Insane asylums in Bengal annual reports 1867-1875 - 1867-1875
Year: 1867
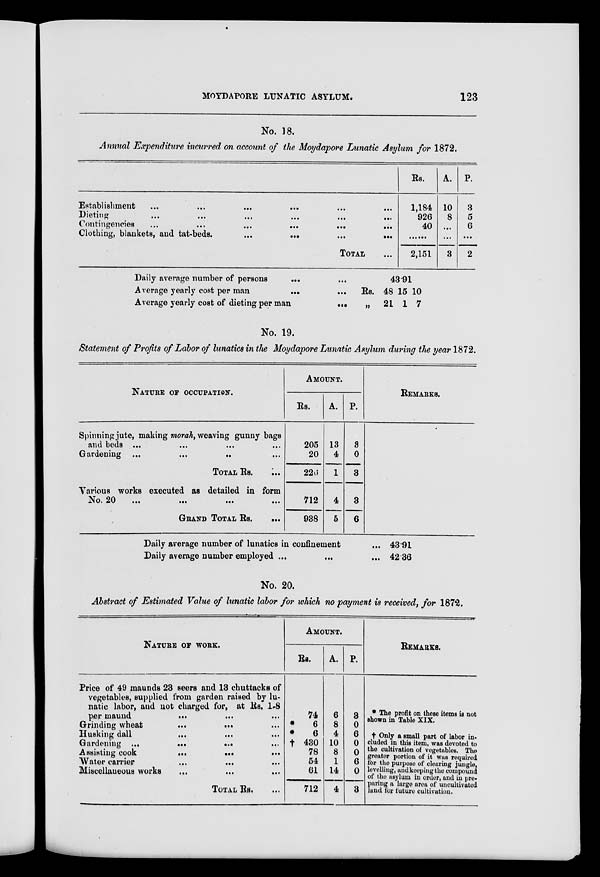
MOYDAPORE LUNATIC ASYLUM.
123
No. 18.
Annual Expenditure incurred on account of the Moydapore Lunatic Asylum for 1872.
Establishment ... ... ... ... ... ...
Dieting ... ... ... ... ... ...
Contingencies
...
...
...
...
...
...
Clothing, blankets, and tat-beds. ... ... ... ...
TOTAL ...
Rs.
1,184
926
40
......
2,151
A.
10
8
...
...
3
P.
3
5
6
...
2
Daily average number of persons
... ...
Average yearly cost per man
...
...
Average yearly cost of dieting per man
...
43.91
Rs. 48
„ 21
15
1
10
7
No. 19.
Statement of Profits of Labor of lunatics in the Moydapore Lunatic Asylum during the year 1872.
NATURE OF OCCUPATION.
Spinning jute, making morah, weaving gunny bags
and beds ... ... ... ...
Gardening ... ... ... ...
TOTAL Rs. ...
Various works executed as detailed in form
No. 20 ... ... ... ...
GRAND TOTAL Rs. ...
AMOUNT.
Rs.
205
20
226
712
938
A.
13
4
1
4
5
P.
3
0
3
3
6
REMARKS.
Daily average number of lunatics in confinement ...
Daily average number employed ... ... ...
43.91
42.36
No. 20.
Abstract of Estimated Value of lunatic labor for which no payment is received, for 1872.
NATURE OF WORK
Price of 49 maunds 23 seers and 13 chuttacks of
vegetables, supplied from garden raised by lu-
natic labor, and not charged for, at Rs. 1.8
per maund ... ... ...
Grinding wheat
...
...
...
Husking dall ... ... ...
Gardening
...
...
...
Assisting cook
...
...
...
Water carrier
...
...
...
Miscellaneous works ... ... ...
TOTAL Rs. ...
AMOUNT.
Rs.
74
*
6
*
6
† 430
78
54
61
712
A.
6
8
4
10
8
1
14
4
P.
3
0
6
0
0
6
0
3
REMARKS.
* The profit on these items is not
shown in Table XIX.
† Only a small part of labor in-
cluded in this item, was devoted to
the cultivation of vegetables. The
greater portion of it was required
for the purpose of clearing jungle,
levelling, and keeping the compound
of the asylum in order, and in pre-
paring a large area of uncultivated
land for future cultivation.